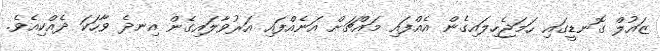
ޒައުލް ގޮނޑީގައި ހަމަޖެހިލައިގެން އެއްފައި މައްޗަށް އަނެއްފައި އަރުވާލައިގެން އިނދެ ވާހަކަ ދެއްކިއެވެ.